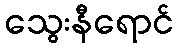
သွေးနီရောင်